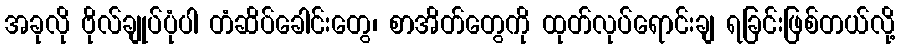
အခုလို ဗိုလ်ချုပ်ပုံပါ တံဆိပ်ခေါင်းတွေ၊ စာအိတ်တွေကို ထုတ်လုပ်ရောင်းချ ရခြင်းဖြစ်တယ်လို့